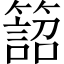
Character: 𥴜